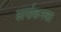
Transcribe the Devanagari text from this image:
सार्पाकनका